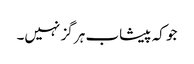
جو کہ پیشاب ہر گز نہیں۔